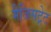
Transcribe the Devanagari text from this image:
मैजिसट्रेट